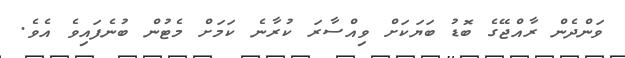
ވަންދެން ރާއްޖޭގެ ބޮޑު ބަޔަކަށް ވިއްސާރަ ކުރާނެ ކަމަށް މެޓުން ބުނެފައިވެ އެވެ.